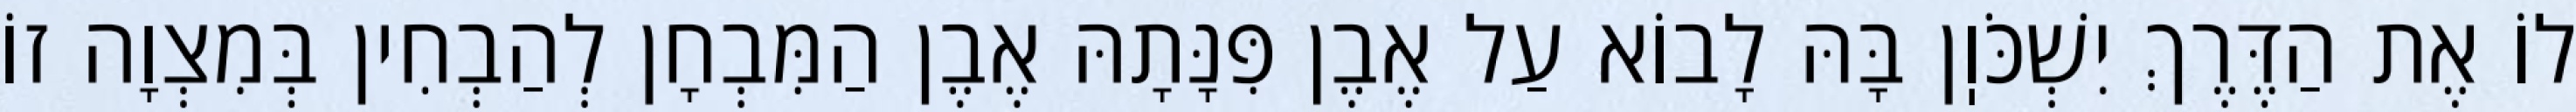
לוֹ אֶת הַדֶּרֶךְ יִשְׁכֹּוֽן בָּהּ לָבוֹא עַל אֶבֶן פִּנָּתָהּ אֶבֶן הַמִּבְחָן לְהַבְחִין בְּמִצְוָה זוֹ